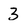
Character: 3